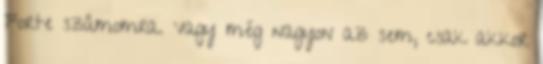
Forte számomra. Vagy még nagyon az sem, csak akkor